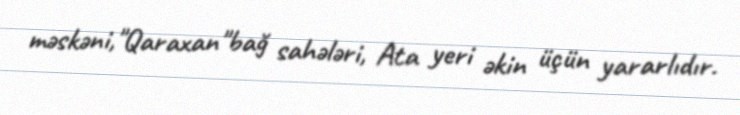
məskəni,"Qaraxan"bağ sahələri, Ata yeri əkin üçün yararlıdır.